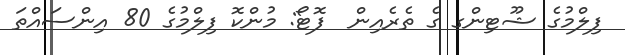
ފިލްމުގެ ޝޫޓިންގ ގެ ތެރެއިން  ފޮޓޯ: މުންކޮ ފިލްމުގެ 80 އިންސައްތަ